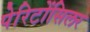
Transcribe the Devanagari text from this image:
पेरिटोंसिलर